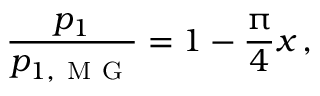
\frac { p _ { 1 } } { p _ { 1 , \mathrm { ~ M ~ G ~ } } } = 1 - \frac { \uppi } { 4 } x \, ,